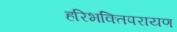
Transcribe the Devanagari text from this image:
हरिभक्तिपरायण